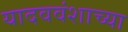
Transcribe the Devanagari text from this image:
यादववंशाच्या